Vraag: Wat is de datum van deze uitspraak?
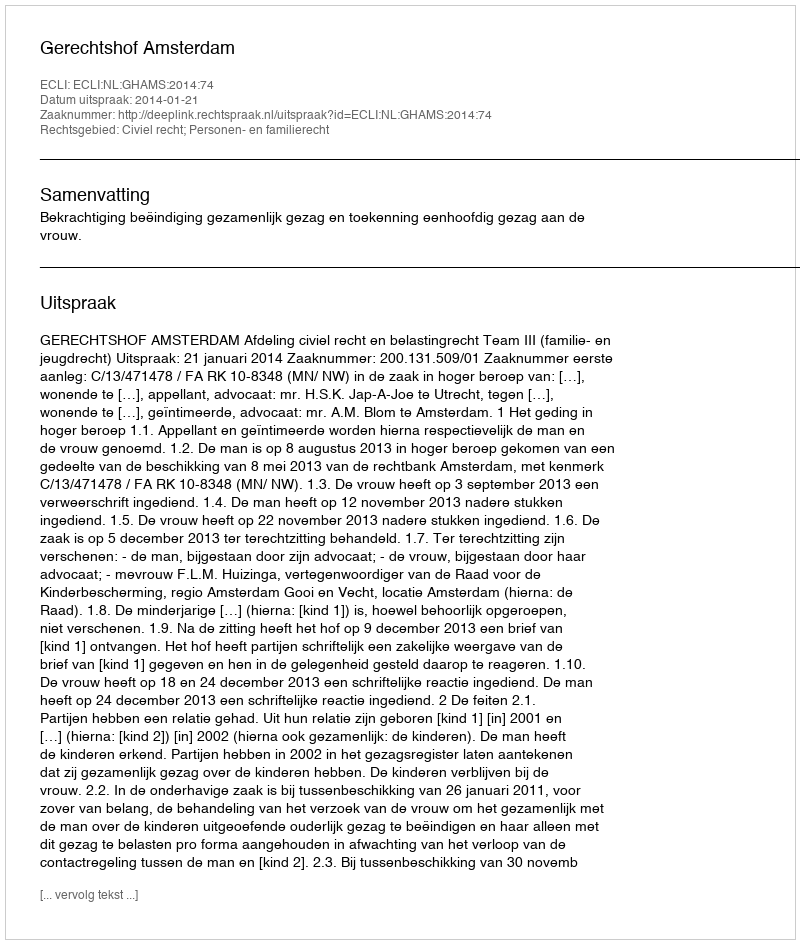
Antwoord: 2014-01-21